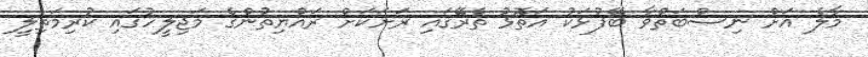
މާލެ އަށް ނިސްބަތްވާ ބޭފުޅަކު އަތޮޅު ތެރޭގައި ރަށަކަށް ރައްޔިތުންގެ މަޖިލީހުގައި ކުރިމަތިލީ